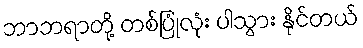
ဘာဘရာတို့ တစ်ပြုံလုံး ပါသွား နိုင်တယ်